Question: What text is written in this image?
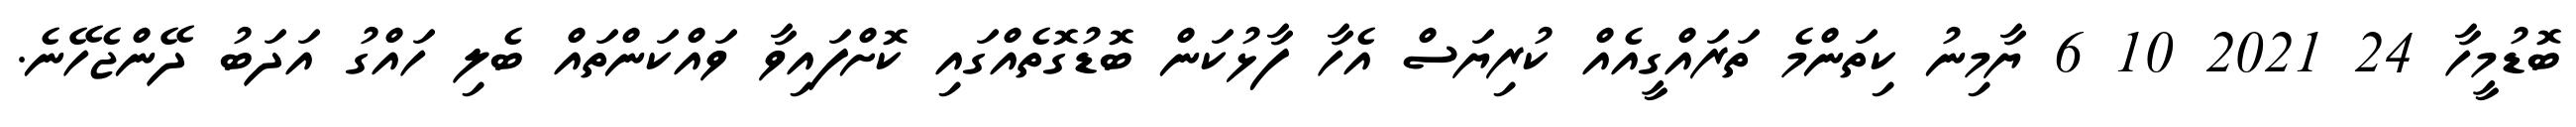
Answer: ބޮޑުމީހާ 24 2021 10 6 ޔާމިނު ކިތަންމެ ތަރައްގީއެއް ކުރިޔަސް އެހާ ފާޅުކަން ބޮޑުގޮތެއްގައި ކޮށްފައިވާ ވައްކަންތައް ބެލި ހައްގު އަދަބު ދޭންޖެހޭނެ.